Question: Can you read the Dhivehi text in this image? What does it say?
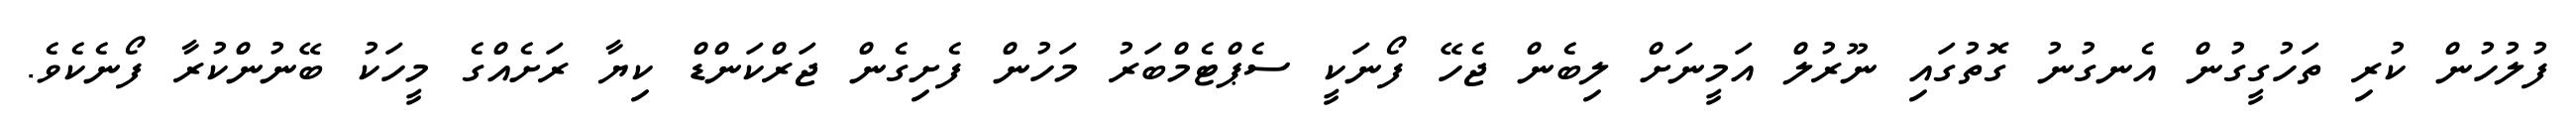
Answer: ފުލުހުން ކުރި ތަހުގީގުން އެނގުނު ގޮތުގައި ނޫރުލް އަމީނަށް ލިބެން ޖެހޭ ފޯނަކީ ސެޕްޓެމްބަރު މަހުން ފެށިގެން ޖަރްކަންޑް ކިޔާ ރަށެއްގެ މީހަކު ބޭނުންކުރާ ފޯނެކެވެ.